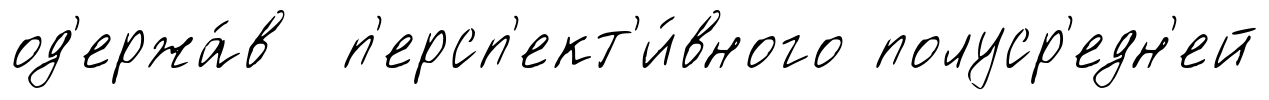
од'ержа́в п'ерсп'ект'и́вного полуср'едн'ей